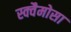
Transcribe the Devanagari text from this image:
स्क्वैमोसा